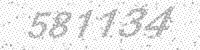
Solution: 581134